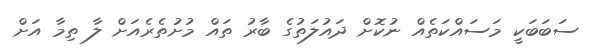
ސަބަބަކީ މަސައްކަތެއް ނުކޮށް ދައުލަތުގެ ބާރު ތައް މުށުތެރެއަށް ލާ ތިމާ އަށް